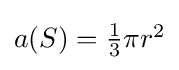
{\textstyle a(S)={\frac {1}{3}}\pi r^{2}}